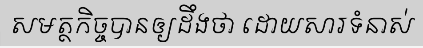
សមត្ថកិច្ចបានឲ្យដឹងថា ដោយសារទំនាស់